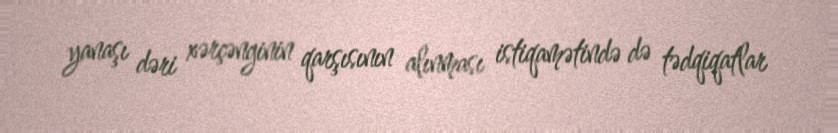
yanaşı dəri xərçənginin qarşısının alınması istiqamətində də tədqiqatlar